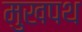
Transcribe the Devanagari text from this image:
मुखपथ